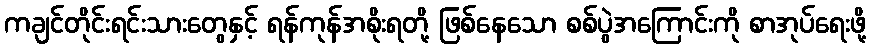
ကချင်တိုင်းရင်းသားတွေနှင့် ရန်ကုန်အစိုးရတို့ ဖြစ်နေသော စစ်ပွဲအကြောင်းကို စာအုပ်ရေးဖို့